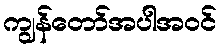
ကျွန်တော်အပါအဝင်